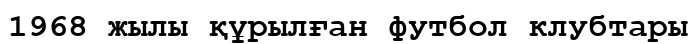
1968 жылы құрылған футбол клубтары